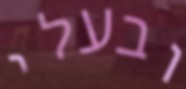
ובעלי